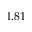
1 . 8 1